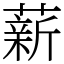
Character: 薪